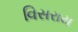
વિસરાય